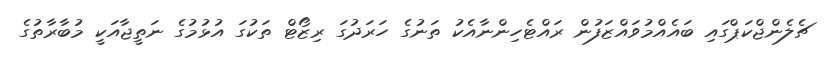
ޗެލެންޖްކަޕްގައި ބައެއްމުވައްޒަފުން ރައްޓެހިންނާއެކު ތަނުގެ ހަރަދުގަ ރިޒޯޓް ތަކުގަ އުޅުމުގެ ނަތީޖާއަކީ މުބާރާތުގެ